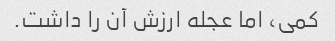
کمی، اما عجله ارزش آن را داشت.